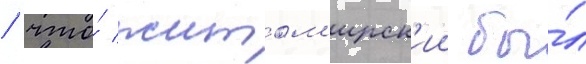
/ что́ житом'ирск'ии бы́л